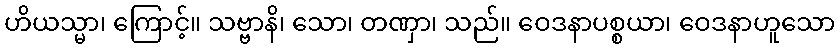
ဟိယသ္မာ၊ ကြောင့်။ သဗ္ဗာနိ၊ သော၊ တဏှာ၊ သည်။ ဝေဒနာပစ္စယာ၊ ဝေဒနာဟူသော